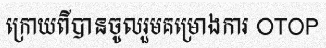
ក្រោយពីបានចូលរួមគម្រោងការ OTOP